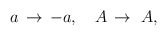
\begin{align*}a \, \rightarrow \, -a,~~~ A \, \rightarrow \, \, A,\end{align*}